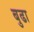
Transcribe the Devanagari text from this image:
बुढा